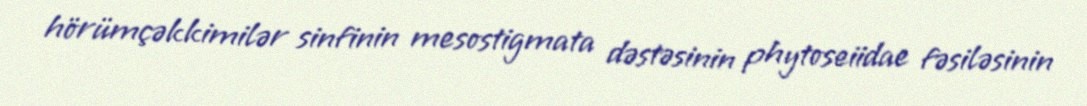
hörümçəkkimilər sinfinin mesostigmata dəstəsinin phytoseiidae fəsiləsinin